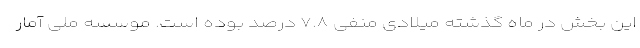
این بخش در ماه گذشته میلادی منفی ۷.۸ درصد بوده است. موسسه ملی آمار